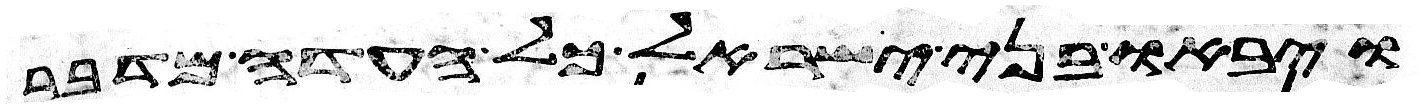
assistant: ויבאו בני ישראל כל העדה מדבר